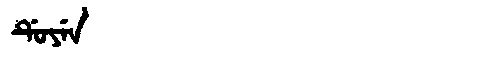
Manchu: ᡩᡠᠶᡝᠨ
Romanization: DUYEN